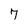
Character: 7